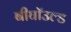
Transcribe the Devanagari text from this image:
बीघॉउल्ड